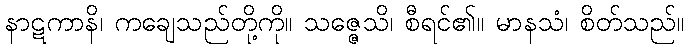
နာဋကာနိ၊ ကချေသည်တို့ကို။ သဇ္ဇေသိ၊ စီရင်၏။ မာနသံ၊ စိတ်သည်။